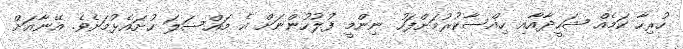
ހުރިހާ ކަމެއް ޝަހީދާއާއި ހިއްސާކުރުމަށްފަހު ނިންމީ ފުލުހުންނަށް އެ މައްސަލަ ހުށައެޅުމަށެވެ. އޭނާއަށް